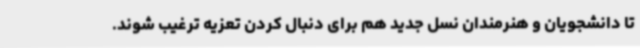
تا دانشجویان و هنرمندان نسل جدید هم برای دنبال کردن تعزیه ترغیب شوند.